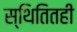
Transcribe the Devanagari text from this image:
स्थितितही